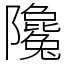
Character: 䧯